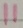
Text: 11